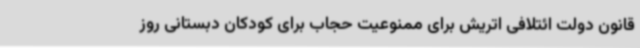
قانون دولت ائتلافی اتریش برای ممنوعیت حجاب برای کودکان دبستانی روز